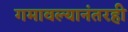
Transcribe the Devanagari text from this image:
गमावल्यानंतरही